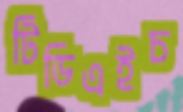
টিডিএইচ